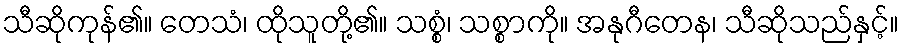
သီဆိုကုန်၏။ တေသံ၊ ထိုသူတို့၏။ သစ္စံ၊ သစ္စာကို။ အနုဂီတေန၊ သီဆိုသည်နှင့်။